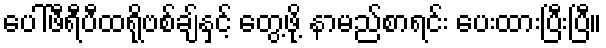
ပေါ်ဖီရီပီထရိုဗစ်ချ်နှင့် တွေ့ဖို့ နာမည်စာရင်း ပေးထားပြီးပြီ။